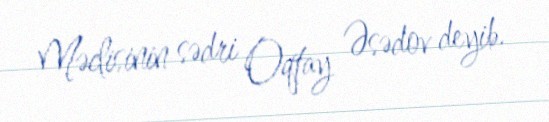
Məclisinin sədri Oqtay Əsədov deyib.